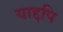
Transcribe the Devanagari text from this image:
याद्दपि